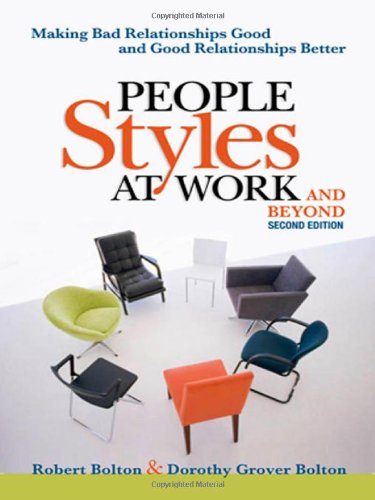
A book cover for People Styles at Work...And Beyond: Making Bad Relationships Good and Good Relationships Better; Robert Bolton; Engineering & Transportation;